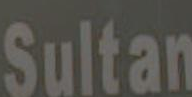
Sultan